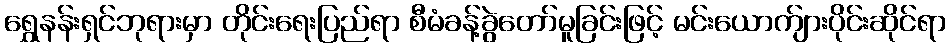
ရွှေနန်းရှင်ဘုရားမှာ တိုင်းရေးပြည်ရာ စီမံခန့်ခွဲတော်မူခြင်းဖြင့် မင်းယောက်ျားပိုင်းဆိုင်ရာ